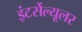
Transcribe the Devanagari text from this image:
इंटर्सेल्यूलर